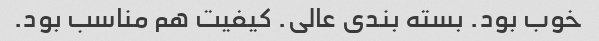
خوب بود. بسته بندی عالی. کیفیت هم مناسب بود.